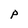
Character: P